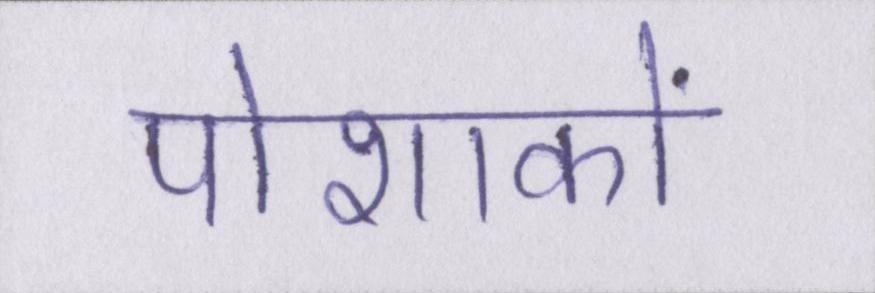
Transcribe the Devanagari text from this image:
पोशाकों